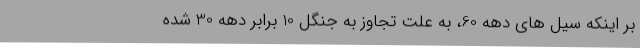
بر اینکه سیل های دهه 60، به علت تجاوز به جنگل 10 برابر دهه 30 شده